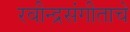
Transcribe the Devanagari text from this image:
रवीन्द्रसंगीताचे